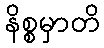
နိစ္စမှာတိ